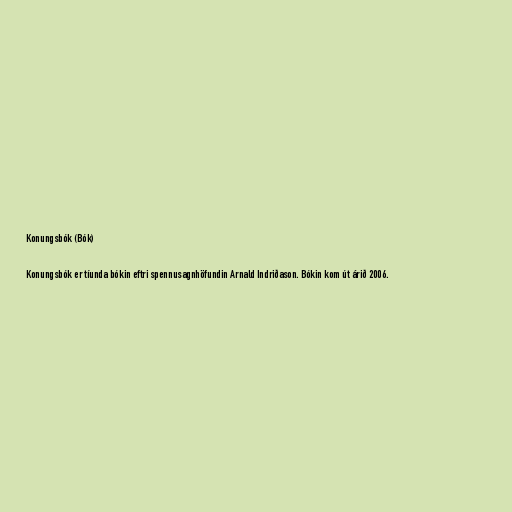
Konungsbók (Bók)

Konungsbók er tíunda bókin eftri spennusagnhöfundin Arnald Indriðason. Bókin kom út árið 2006.